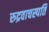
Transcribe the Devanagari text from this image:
रुद्रवाचस्पति